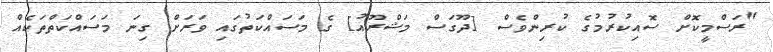
"ރަސްމީކޮށް ސޮއިކުރުމުގެ ކުރިންވެސް [ދޫގަސް މަޝްރޫއު] ގެ މަސައްކަތުގައި ވަރަށް ގިނަ މަސައްކަތްތަކެއް